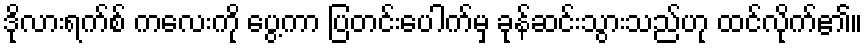
ဒိုလားရက်စ် ကလေးကို ပွေ့ကာ ပြတင်းပေါက်မှ ခုန်ဆင်းသွားသည်ဟု ထင်လိုက်၏။